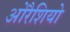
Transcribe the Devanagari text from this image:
ओरैशियो